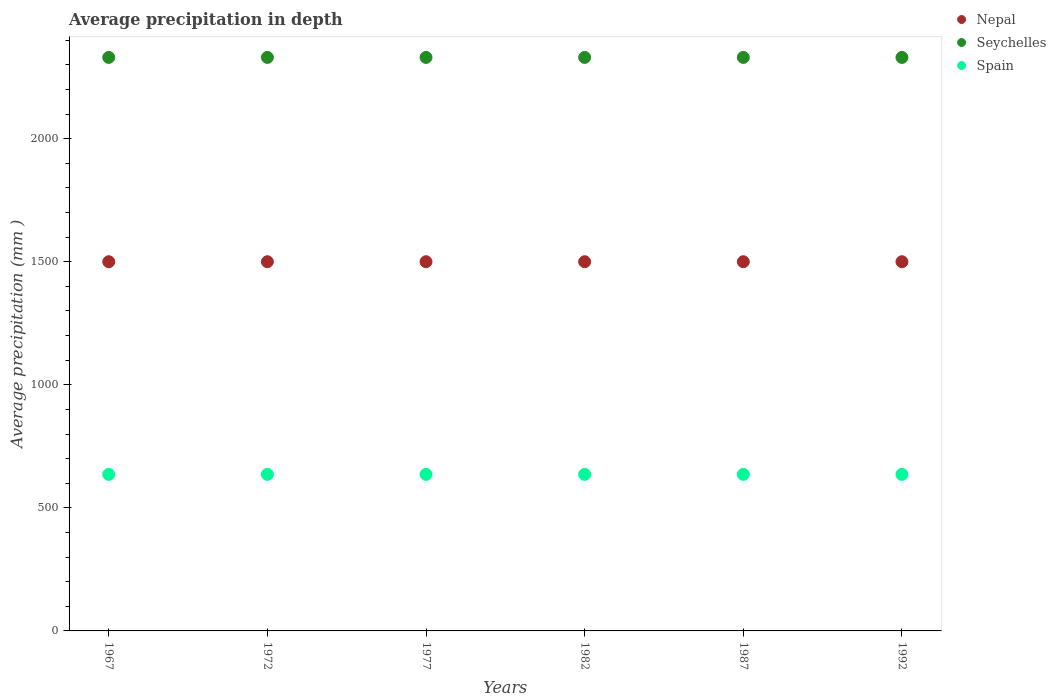
| Years | Nepal | Seychelles | Spain |
 | --- | --- | --- | --- |
 | 1967 | 1.5e+03 | 2.33e+03 | 636 |
 | 1972 | 1.5e+03 | 2.33e+03 | 636 |
 | 1977 | 1.5e+03 | 2.33e+03 | 636 |
 | 1982 | 1.5e+03 | 2.33e+03 | 636 |
 | 1987 | 1.5e+03 | 2.33e+03 | 636 |
 | 1992 | 1.5e+03 | 2.33e+03 | 636 |